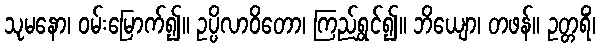
သုမနော၊ ဝမ်းမြောက်၍။ ဥပ္ပိလာဝိတော၊ ကြည်ရွှင်၍။ ဘိယျော၊ တဖန်။ ဥတ္တရိံ၊